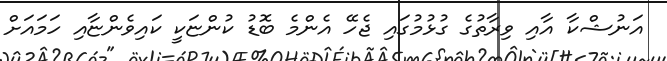
އަނުޝްކާ އާއި ވިރާތުގެ ގުޅުމުގައި ޖެހޭ އެންމެ ބޮޑު ކުންޏަކީ ކައިވެންޏާއި ހަމައަށް